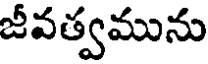
జీవత్వమును